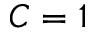
C = 1